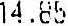
14.85